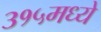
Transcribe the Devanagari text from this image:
३१५मध्ये